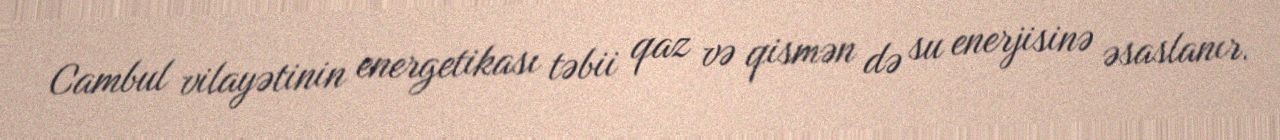
Cambul vilayətinin energetikası təbii qaz və qismən də su enerjisinə əsaslanır.